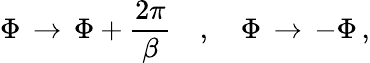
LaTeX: \Phi\, \rightarrow\, \Phi+\frac{2\pi}{\beta}\quad,\quad\Phi\, \rightarrow\, -\Phi\, ,